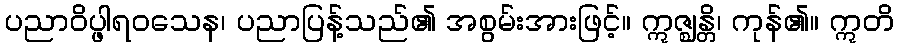
ပညာဝိပ္ဖါရဝသေန၊ ပညာပြန့်သည်၏ အစွမ်းအားဖြင့်။ ဣဇ္ဈန္တိ၊ ကုန်၏။ ဣတိ